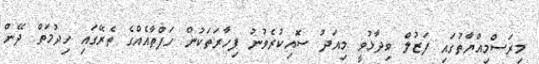
މިރަސްމިއްޔާތުގައި ފަޒުލް ވިދާޅުވީ މިއަދު ސޮއިކުރެވުނު ފިހާރަތަކުން ހަފްތާއެއްގެ ތެރޭގައި ހިދުމަތް ދޭން